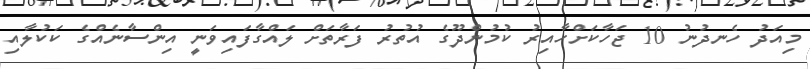
މިއަދު ހެނދުނު 10 ޖަހާކަށްހާއިރު ކުމުންދޫގެ އުތުރު ފަރާތަށް ލައްގާފައިވަނީ އިންސާނެއްގެ ކަކުލާއި